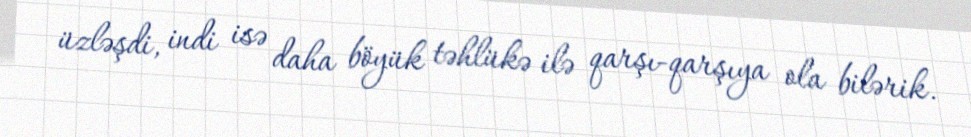
üzləşdi, indi isə daha böyük təhlükə ilə qarşı-qarşıya ola bilərik.